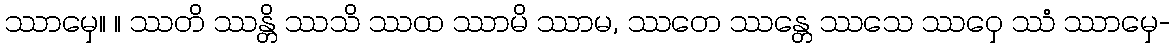
ဿာမှေ။ ။ ဿတိ ဿန္တိ ဿသိ ဿထ ဿာမိ ဿာမ, ဿတေ ဿန္တေ ဿသေ ဿဝှေ ဿံ ဿာမှေ-